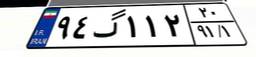
۹۴گ۱۱۲۲۰